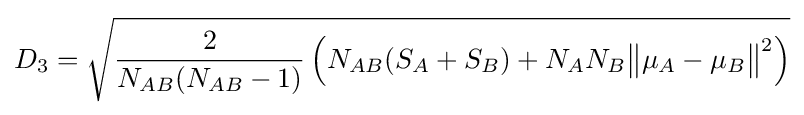
D_{3}={\sqrt {{\frac {2}{N_{AB}(N_{AB}-1)}}\left(N_{AB}(S_{A}+S_{B})+N_{A}N_{B}{\big \|}\mu _{A}-\mu _{B}{\big \|}^{2}\right)}}